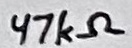
Text: 47kΩ